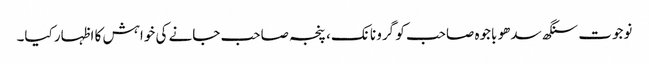
نوجوت سنگھ سدھو باجوہ صاحب کو گرو نانک، پنجہ صاحب جانے کی خواہش کا اظہار کیا۔